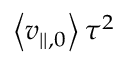
\left\langle { v _ { | | , 0 } } \right\rangle \tau ^ { 2 }